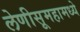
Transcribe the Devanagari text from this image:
लेणीसूमहामध्ये